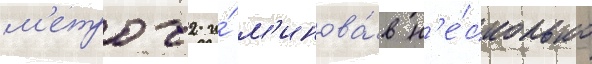
м'етро-2 и́ м'инова́в н'е́сколько